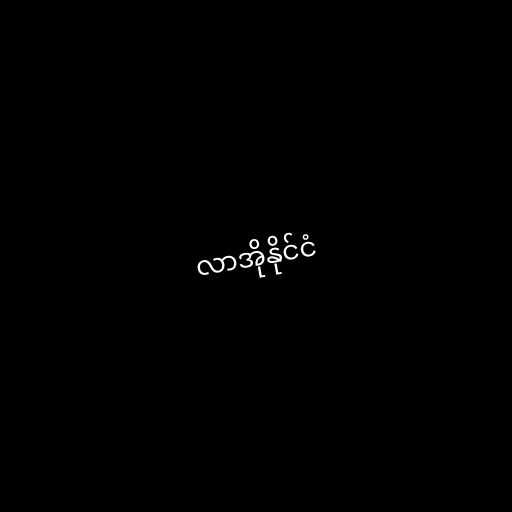
လာအိုနိုင်ငံ